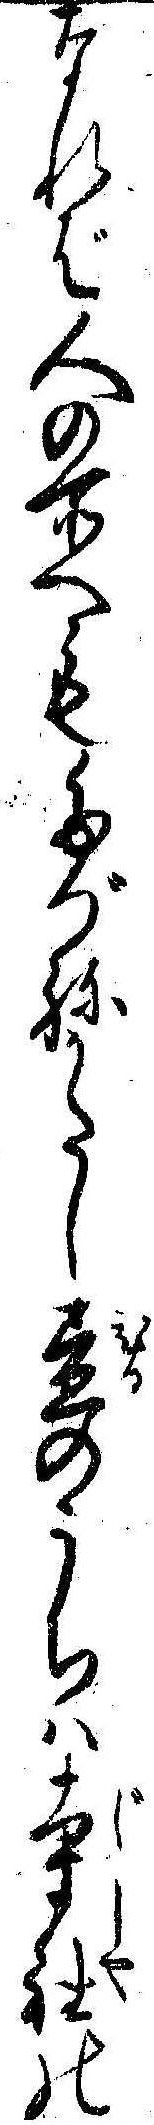
なれば人の所へもたづねかたし昼のうちは寺社の